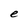
Character: e